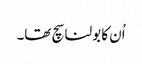
اُن کا بولنا سچ تھا۔